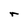
Character: r